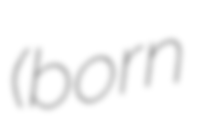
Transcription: (born